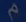
a